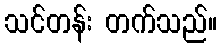
သင်တန်း တက်သည်။